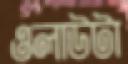
ওলাউটা